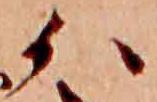
か